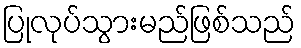
ပြုလုပ်သွားမည်ဖြစ်သည်